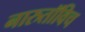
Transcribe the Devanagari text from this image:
नारुतॉविच